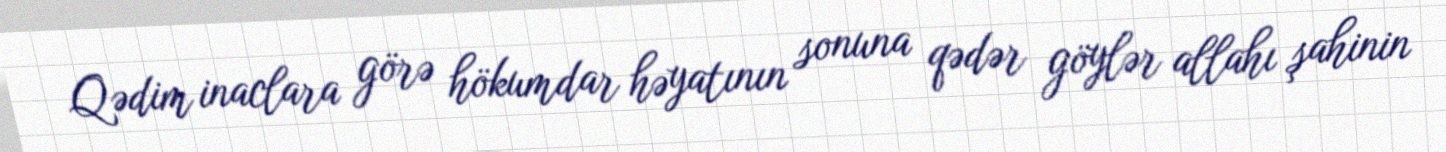
Qədim inaclara görə hökumdar həyatının sonuna qədər göylər allahı şahinin